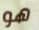
هو